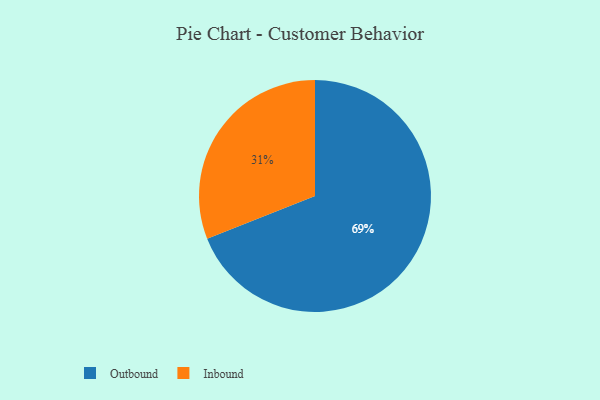
{"axis": {"x": "Category", "y": "Percentage"}, "legend": ["Inbound", "Outbound"], "data": [{"x": "Outbound", "y": 69, "type": "Outbound"}, {"x": "Inbound", "y": 31, "type": "Inbound"}]}